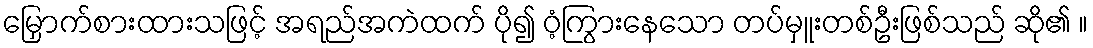
မြှောက်စားထားသဖြင့် အရည်အကဲထက် ပို၍ ဝံ့ကြွားနေသော တပ်မှူးတစ်ဦးဖြစ်သည် ဆို၏ ။